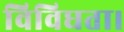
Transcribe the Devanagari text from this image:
विविधता।